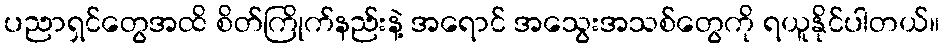
ပညာရှင်တွေအထိ စိတ်ကြိုက်နည်းနဲ့ အရောင် အသွေးအသစ်တွေကို ရယူနိုင်ပါတယ်။